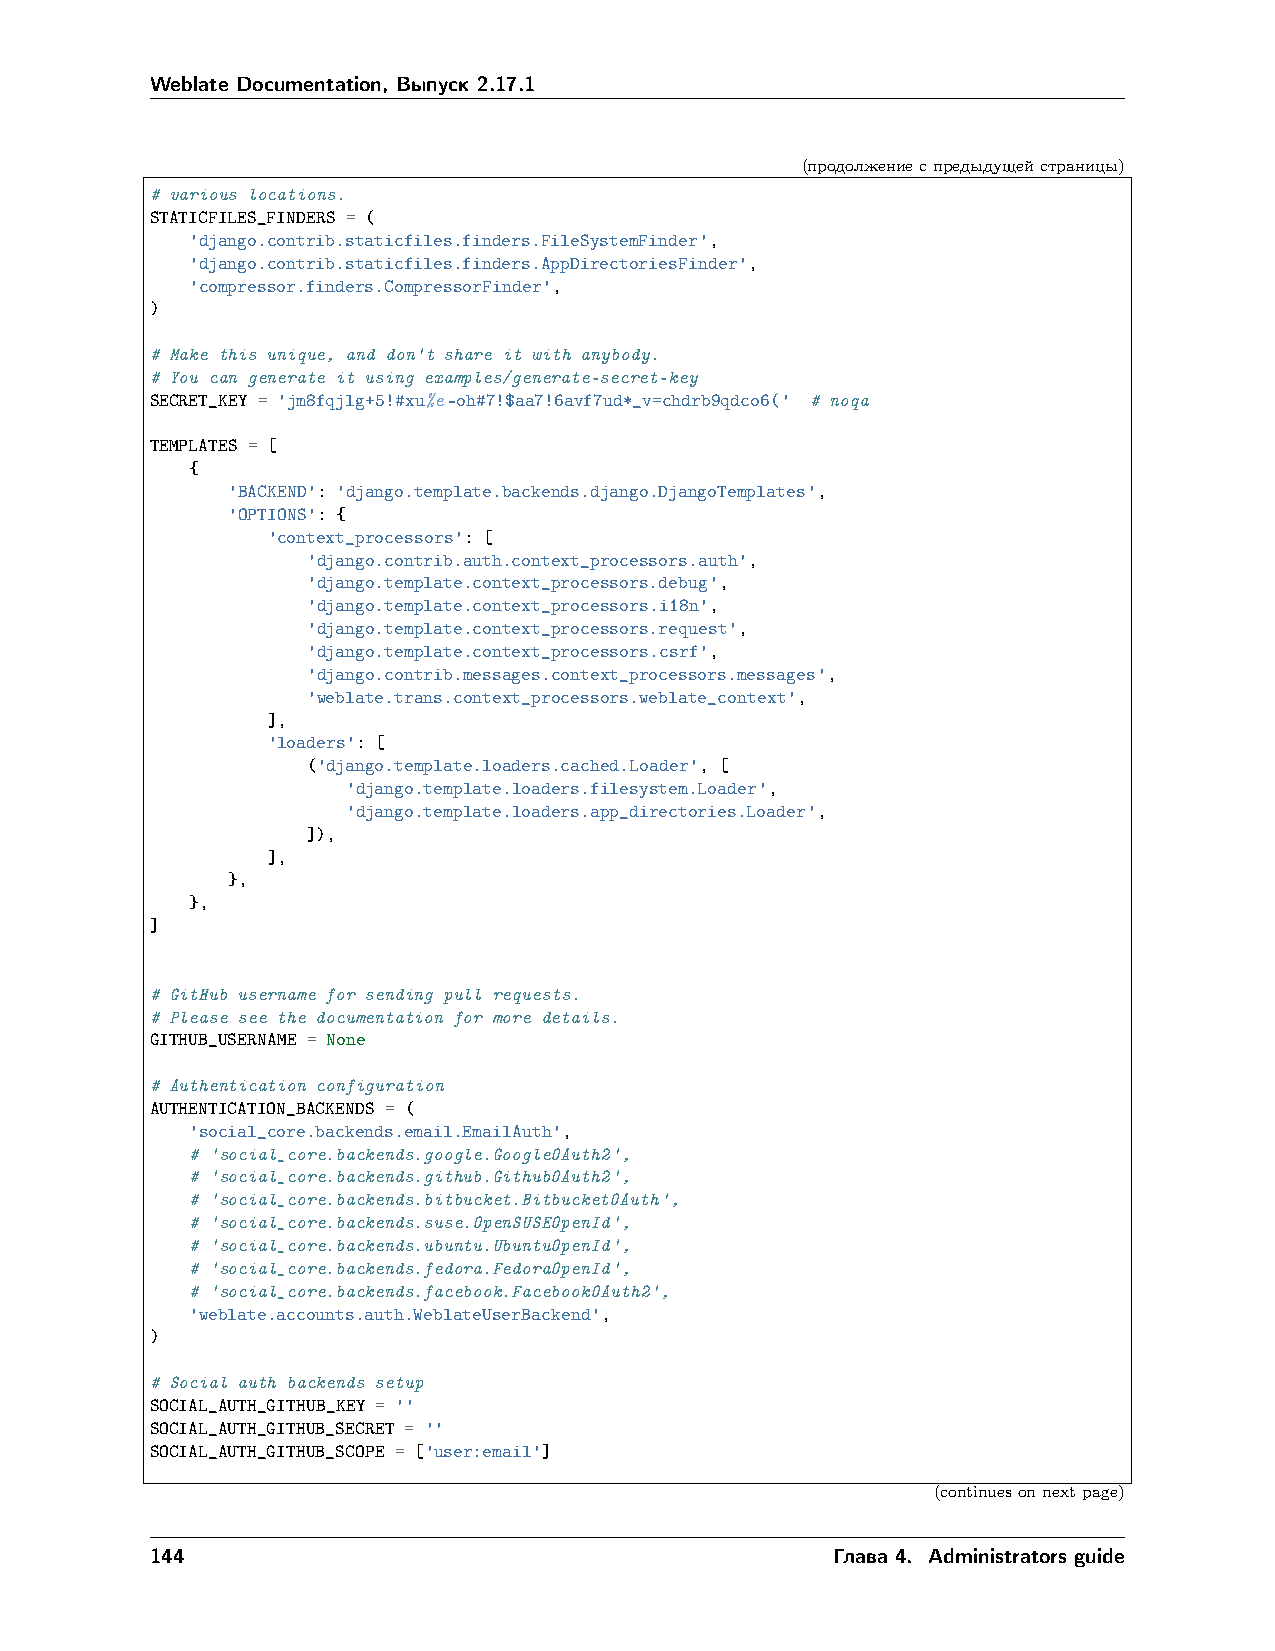
Weblate Documentation, Выпуск 2.17.1
 (продолжениеспредыдущейстраницы)
 # various locations.
 STATICFILES_FINDERS = (
 'django.contrib.staticfiles.finders.FileSystemFinder',
 'django.contrib.staticfiles.finders.AppDirectoriesFinder',
 'compressor.finders.CompressorFinder',
 )
 # Make this unique, and don't share it with anybody.
 # You can generate it using examples/generate-secret-key
 SECRET_KEY = 'jm8fqjlg+5!#xu%e-oh#7!$aa7!6avf7ud*_v=chdrb9qdco6(' # noqa
 TEMPLATES = [
 {
 'BACKEND': 'django.template.backends.django.DjangoTemplates',
 'OPTIONS': {
 'context_processors': [
 'django.contrib.auth.context_processors.auth',
 'django.template.context_processors.debug',
 'django.template.context_processors.i18n',
 'django.template.context_processors.request',
 'django.template.context_processors.csrf',
 'django.contrib.messages.context_processors.messages',
 'weblate.trans.context_processors.weblate_context',
 ],
 'loaders': [
 ('django.template.loaders.cached.Loader', [
 'django.template.loaders.filesystem.Loader',
 'django.template.loaders.app_directories.Loader',
 ]),
 ],
 },
 },
 ]
 # GitHub username for sending pull requests.
 # Please see the documentation for more details.
 GITHUB_USERNAME = None
 # Authentication configuration
 AUTHENTICATION_BACKENDS = (
 'social_core.backends.email.EmailAuth',
 # 'social_core.backends.google.GoogleOAuth2',
 # 'social_core.backends.github.GithubOAuth2',
 # 'social_core.backends.bitbucket.BitbucketOAuth',
 # 'social_core.backends.suse.OpenSUSEOpenId',
 # 'social_core.backends.ubuntu.UbuntuOpenId',
 # 'social_core.backends.fedora.FedoraOpenId',
 # 'social_core.backends.facebook.FacebookOAuth2',
 'weblate.accounts.auth.WeblateUserBackend',
 )
 # Social auth backends setup
 SOCIAL_AUTH_GITHUB_KEY = ''
 SOCIAL_AUTH_GITHUB_SECRET = ''
 SOCIAL_AUTH_GITHUB_SCOPE = ['user:email']
 (continuesonnextpage)
 144                                          Глава 4. Administrators guide